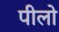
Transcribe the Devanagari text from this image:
पीलो